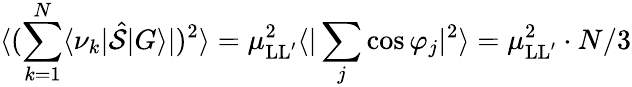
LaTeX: \langle(\sum_{k=1}^{N}\langle\nu_{k}|\hat{\mathcal S}|G\rangle|)^{2}\rangle=\mu_{\mathrm{LL}^{\prime}}^{2}\langle|\sum_{j}\cos\varphi_{j}|^{2}\rangle=\mu_{\mathrm{LL}^{\prime}}^{2}\cdot N/3